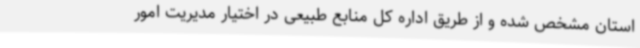
استان مشخص شده و از طریق اداره کل منابع طبیعی در اختیار مدیریت امور